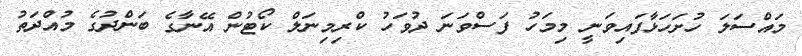
މައްސަލަ ހުށަހަޅާފައިވަނީ މިމަހު ފަސްވަނަ ދުވަހު ކްރިމިނަލް ކޯޓުން އޭނާގެ ބަންދުގެ މުއްދަތު